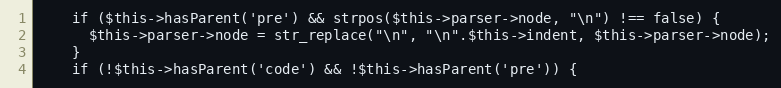
Language: PHP
    if ($this->hasParent('pre') && strpos($this->parser->node, "\n") !== false) {
      $this->parser->node = str_replace("\n", "\n".$this->indent, $this->parser->node);
    }
    if (!$this->hasParent('code') && !$this->hasParent('pre')) {